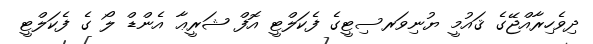
ދިވެހިރާއްޖޭގެ ޤައުމީ ޔުނިވަރސިޓީގެ ފެކަލްޓީ އޮފް ޝަރީޢާ އެންޑް ލޯ ގެ ފެކަލްޓީ